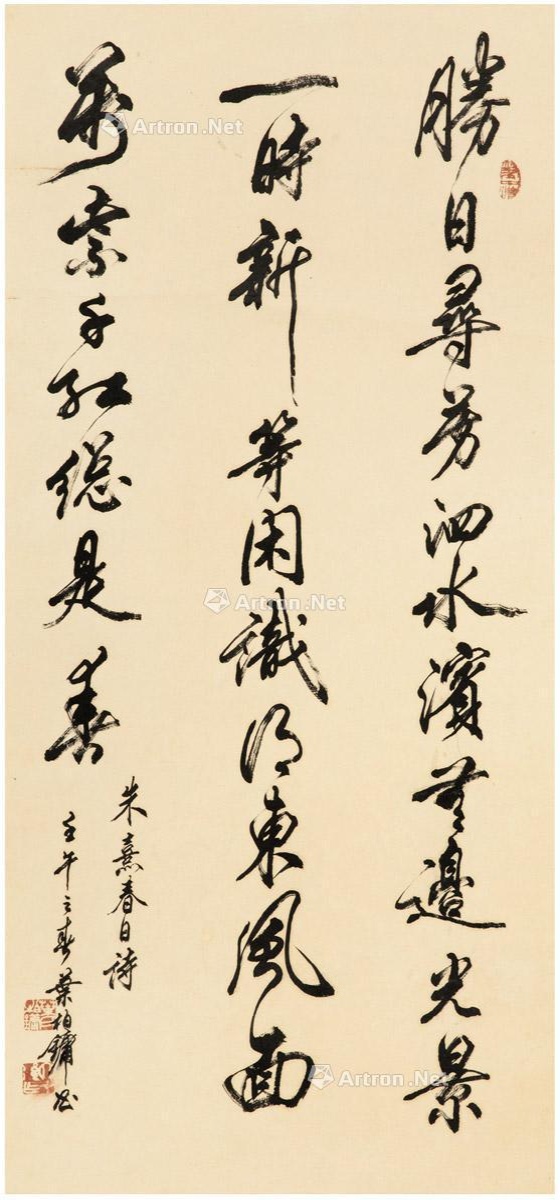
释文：胜日寻芳泗水滨，无边光景一时新。等闲识得东风面，万紫千红总是春。朱熹春日诗，壬午之春，叶柏镛书。